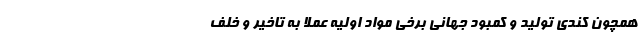
همچون کندی تولید و کمبود جهانی برخی مواد اولیه عملا به تاخیر و خلف